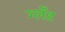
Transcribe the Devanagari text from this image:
ग्लँड